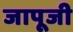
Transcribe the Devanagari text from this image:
जापूजी